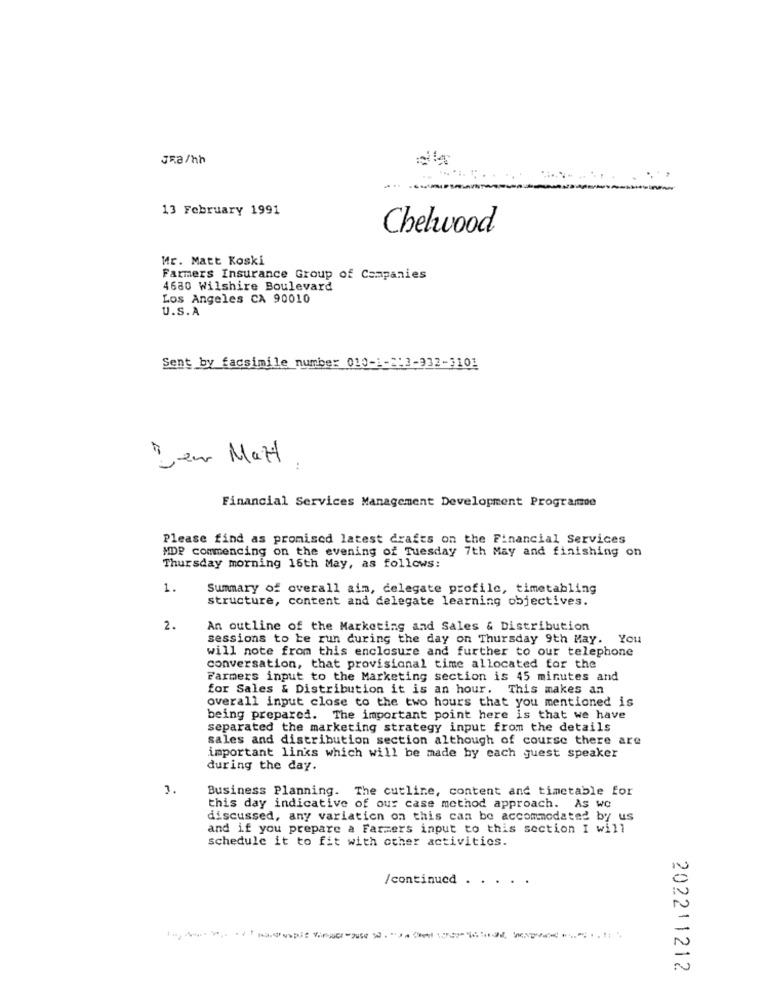
JEa/hh
13 February 1991
Chelwvood
Mr. Matt Koski
Farmers Insurance Group of Companies
4680 Wilshire Boulevard
Los Angeles CA 90010
U.S.A
Sent by facsimile number 010-1-2:3-332-3101
Dem Mart
Financial Services Management Development Programoe
Please find as promised latest drafts on the Financial Services
MDP commencing on the evening of Tuesday 7th May and finishing on
Thursday morning 16th May, as follows:
1.
Summary of overall aim, delegate profile, timetabling
structure, content and delegate learning objectives.
2.
An outline of the Marketing and Sales & Distribution
sessions to be run during the day on Thursday 9th May. You
will note from this enclosure and further to our telephone
conversation, that provisional time allocated for the
Farmers input to the Marketing section is 45 minutes and
for Sales & Distribution it is an hour. This makes an
overall input close to the two hours that you mentioned is
being prepared. The important point here is that we have
separated the marketing strategy input from the details
sales and distribution section although of course there are
important links which will be made by each guest speaker
during the day.
Business Planning. The cutline, content and timetable for
this day indicative of our case method approach. As we
discussed, any variation on this can be accommodated by us
and if you prepare a Farmers input to this section I will
schedule it to fit with other activities.
/continued .
202211212